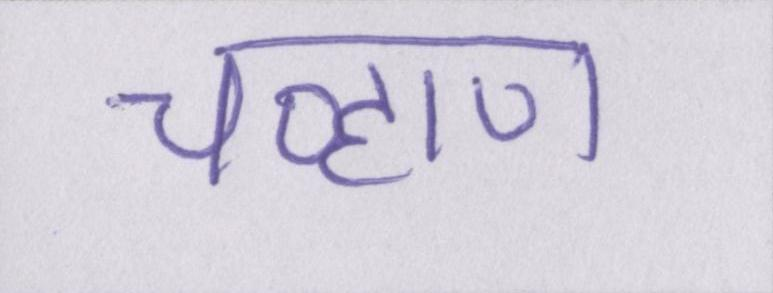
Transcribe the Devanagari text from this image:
चव्हाण